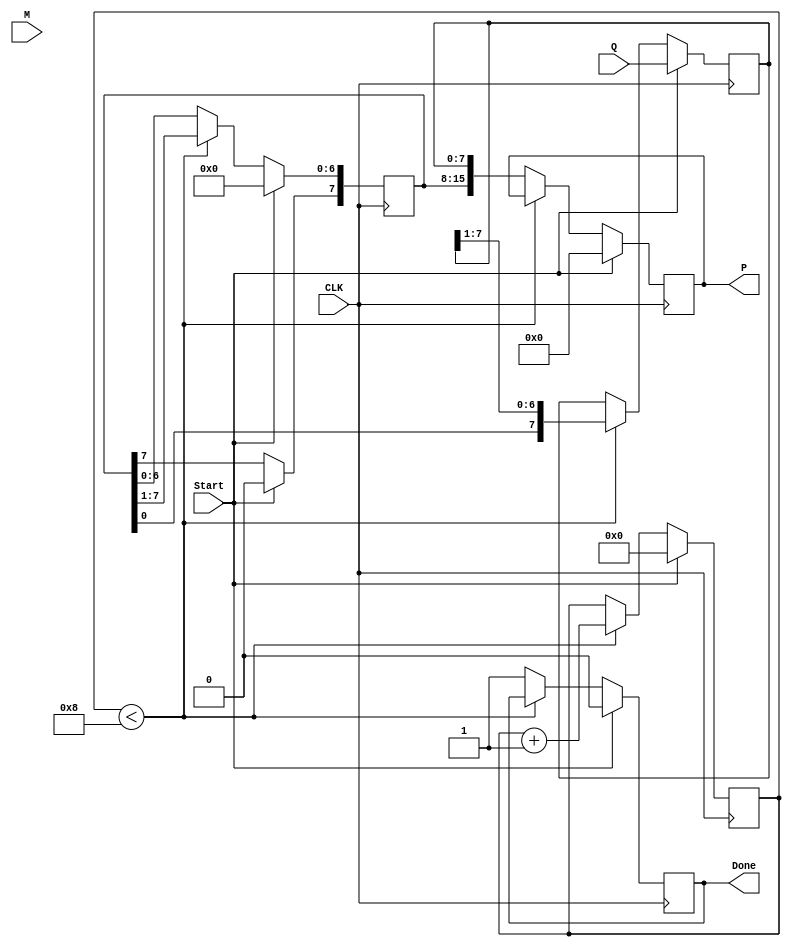
module booth_multiplier #(
    parameter N = 8 // Bit width for multiplicand and multiplier
)(
    input wire [N-1:0] M,       // Multiplicand
    input wire [N-1:0] Q,       // Multiplier
    input wire Start,           // Control signal to start multiplication
    input wire CLK,             // Clock signal
    output reg [2*N-1:0] P,     // Product (2n bits)
    output reg Done             // Ready signal
);

    reg [N-1:0] A;              // A register
    reg [N-1:0] Q_reg;          // Q register
    reg Q_1;                    // Q-1 register
    reg [3:0] count;            // Counter for iterations

    // State machine for Booth's algorithm
    always @(posedge CLK) begin
        if (Start) begin
            // Initialize registers
            A <= 0;
            Q_reg <= Q;
            Q_1 <= 0;
            P <= 0;
            count <= 0;
            Done <= 0;
        end else if (count < N) begin
            // Determine operation based on Q and Q-1
            case ({Q_reg[0], Q_1})
                2'b00: begin
                    // Do nothing (shift left)
                end
                2'b01: begin
                    // A = A + M
                    A <= A + M;
                end
                2'b10: begin
                    // A = A - M
                    A <= A - M;
                end
                2'b11: begin
                    // Do nothing (shift left)
                end
            endcase

            // Shift right: A, Q_reg, and Q_1
            {A[N-1], A} <= {A[N-1], A} >> 1; // Maintain sign bit
            A[N-1] <= A[N-1]; // Maintain sign bit of A
            Q_1 <= Q_reg[0]; // Update Q-1
            Q_reg <= {A[0], Q_reg[N-1:1]}; // Shift Q_reg right

            // Increment count
            count <= count + 1;
        end else begin
            // After all iterations, combine A and Q_reg to form the product
            P <= {A, Q_reg};
            Done <= 1; // Indicate multiplication is done
        end
    end

endmodule